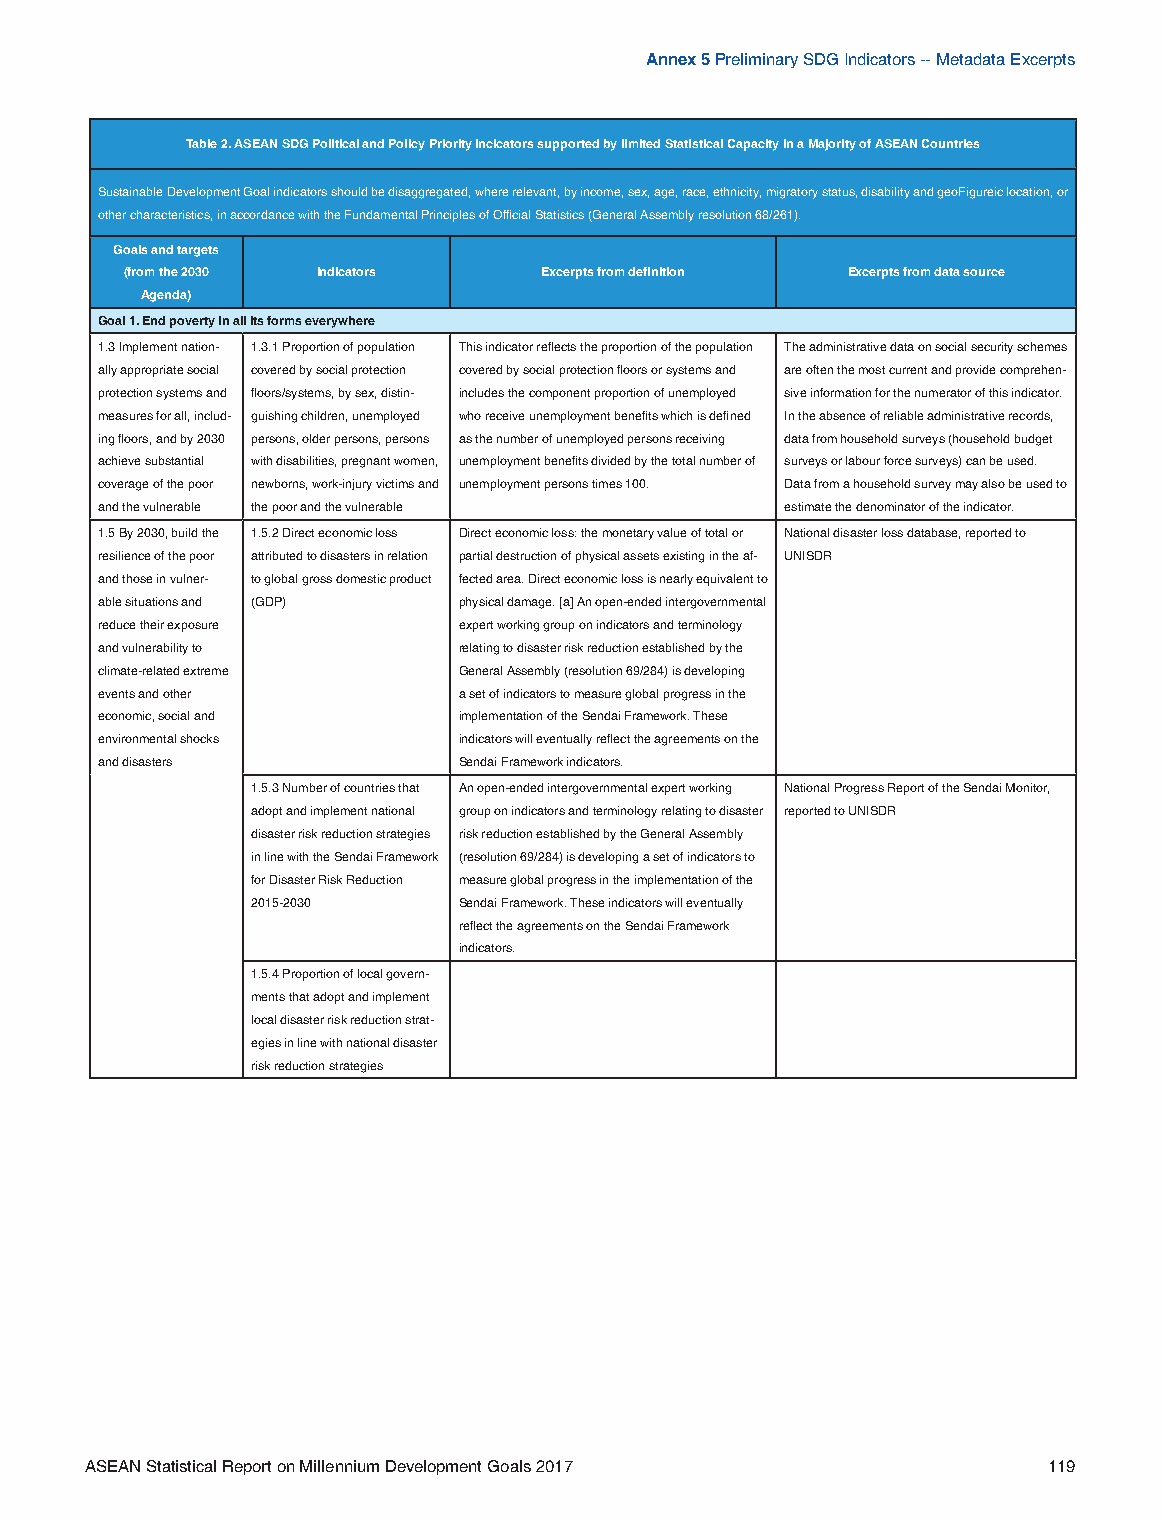
Annex 5 Preliminary SDG Indicators -- Metadata Excerpts
 Table 2. ASEAN SDG Political and Policy Priority Incicators supported by limited Statistical Capacity in a Majority of ASEAN Countries
 Sustainable Development Goal indicators should be disaggregated, where relevant, by income, sex, age, race, ethnicity, migratory status, disability and geoFigureic location, or
 other characteristics, in accordance with the Fundamental Principles of Official Statistics (General Assembly resolution 68/261).
 Goals and targets
 (from the 2030 Indicators   Excerpts from definition Excerpts from data source
 Agenda)
 Goal 1. End poverty in all its forms everywhere
 1.3 Implement nation- 1.3.1 Proportion of population This indicator reflects the proportion of the population The administrative data on social security schemes
 ally appropriate social covered by social protection covered by social protection floors or systems and are often the most current and provide comprehen-
 protection systems and floors/systems, by sex, distin- includes the component proportion of unemployed sive information for the numerator of this indicator.
 measures for all, includ- guishing children, unemployed who receive unemployment benefits which is defined In the absence of reliable administrative records,
 ing floors, and by 2030 persons, older persons, persons as the number of unemployed persons receiving data from household surveys (household budget
 achieve substantial with disabilities, pregnant women, unemployment benefits divided by the total number of surveys or labour force surveys) can be used.
 coverage of the poor newborns, work-injury victims and unemployment persons times 100. Data from a household survey may also be used to
 and the vulnerable the poor and the vulnerable estimate the denominator of the indicator.
 1.5 By 2030, build the 1.5.2 Direct economic loss Direct economic loss: the monetary value of total or National disaster loss database, reported to
 resilience of the poor attributed to disasters in relation partial destruction of physical assets existing in the af- UNISDR
 and those in vulner- to global gross domestic product fected area. Direct economic loss is nearly equivalent to
 able situations and (GDP) physical damage. [a] An open-ended intergovernmental
 reduce their exposure   expert working group on indicators and terminology
 and vulnerability to    relating to disaster risk reduction established by the
 climate-related extreme General Assembly (resolution 69/284) is developing
 events and other        a set of indicators to measure global progress in the
 economic, social and    implementation of the Sendai Framework. These
 environmental shocks    indicators will eventually reflect the agreements on the
 and disasters           Sendai Framework indicators.
 1.5.3 Number of countries that An open-ended intergovernmental expert working National Progress Report of the Sendai Monitor,
 adopt and implement national group on indicators and terminology relating to disaster reported to UNISDR
 disaster risk reduction strategies risk reduction established by the General Assembly
 in line with the Sendai Framework (resolution 69/284) is developing a set of indicators to
 for Disaster Risk Reduction measure global progress in the implementation of the
 2015-2030    Sendai Framework. These indicators will eventually
 reflect the agreements on the Sendai Framework
 indicators.
 1.5.4 Proportion of local govern-
 ments that adopt and implement
 local disaster risk reduction strat-
 egies in line with national disaster
 risk reduction strategies
 ASEAN Statistical Report on Millennium Development Goals 2017  119